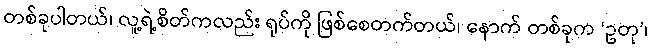
တစ်ခုပါတယ်၊ လူ့ရဲ့စိတ်ကလည်း ရုပ်ကို ဖြစ်စေတက်တယ်၊ နောက် တစ်ခုက ‘ဥတု’၊